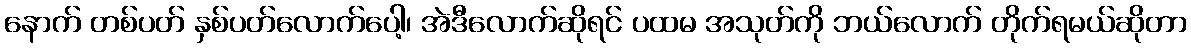
နောက် တစ်ပတ် နှစ်ပတ်လောက်ပေါ့၊ အဲဒီလောက်ဆိုရင် ပထမ အသုတ်ကို ဘယ်လောက် တိုက်ရမယ်ဆိုတာ